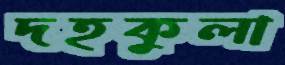
দহকুলা